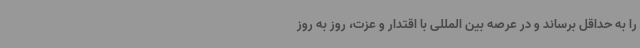
را به حداقل برساند و در عرصه بین المللی با اقتدار و عزت، روز به روز